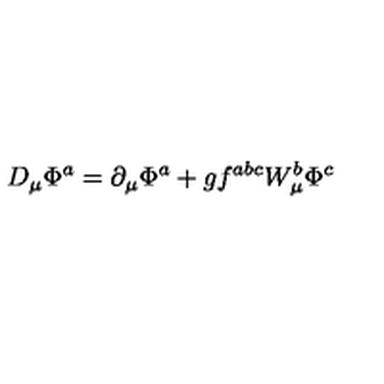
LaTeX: D _ { \mu } \Phi ^ { a } = \partial _ { \mu } \Phi ^ { a } + g f ^ { a b c } W _ { \mu } ^ { b } \Phi ^ { c }